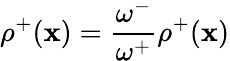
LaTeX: {\rho^{+}}(\mathbf{x})=\frac{{\omega^{-}}}{{\omega^{+}}}\rho^{+}(\mathbf{x})